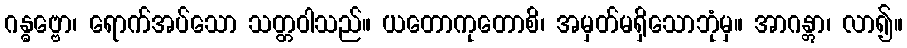
ဂန္ဓဗ္ဗော၊ ရောက်အပ်သော သတ္တဝါသည်။ ယတောကုတောစိ၊ အမှတ်မရှိသောဘုံမှ။ အာဂန္တွာ၊ လာ၍။